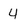
Character: 4